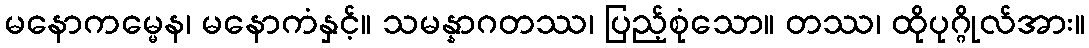
မနောကမ္မေန၊ မနောကံနှင့်။ သမန္နာဂတဿ၊ ပြည့်စုံသော။ တဿ၊ ထိုပုဂ္ဂိုလ်အား။